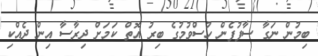
ބިމުން ނަގާ ސާފުފެން ހުސްވުމުގެ ބިރު އޮތް ކަމަށް ދިރާސާ އިން ދެއްކި